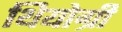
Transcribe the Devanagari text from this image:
थियोग्री